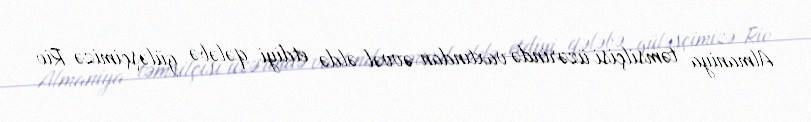
Almaniya təmsilçisi üzərində vaxtından əvvəl əldə etdiyi qələbə güləşçimizə Rio